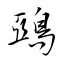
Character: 鵶